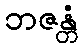
ဘဇန္တံ